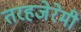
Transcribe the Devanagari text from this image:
तरहजेरेमी